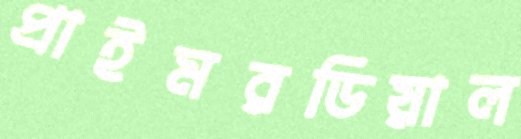
প্রাইমরডিয়াল